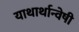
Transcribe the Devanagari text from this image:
याथार्थान्वेषी